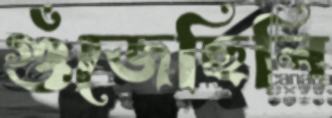
গুঁজেছিলি